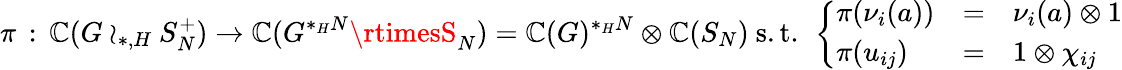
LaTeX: \pi\, :\, \mathbb{C}(G\wr_{*,H}S_{N}^{+})\rightarrow\mathbb{C}(G^{*_{H}N}\rtimesS_{N})=\mathbb{C}(G)^{*_{H}N}\otimes\mathbb{C}(S_{N})\mathrm{{~s.t.~}}\left\{ \begin{array}{lcl}{\pi(\nu_{i}(a))}&{=}&{\nu_{i}(a)\otimes 1}\\ {\pi(u_{ij})}&{=}&{1\otimes\chi_{ij}}\end{array}\right.